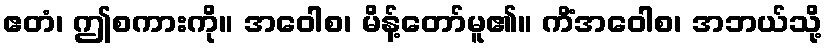
ဧတံ၊ ဤစကားကို။ အဝေါစ၊ မိန့်တော်မူ၏။ ကိံအဝေါစ၊ အဘယ်သို့